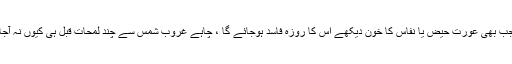
لھذا جب بھی عورت حيض یا نفاس کا خون دیکھے اس کا روزہ فاسد ہوجائے گا ، چاہے غروب شمس سے چند لمحات قبل ہی کیوں نہ آجائے ۔